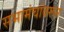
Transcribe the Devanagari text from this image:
सभामंचांवरून